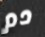
دم